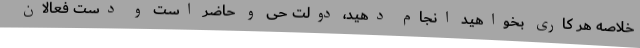
خلاصه هر کاری بخواهید انجام دهید، دولت حی و حاضر است و دست فعالان